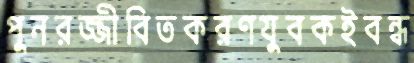
পুনরজ্জীবিতকরণযুবকইবন্ধ